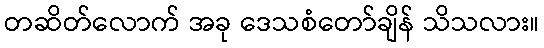
တဆိတ်လောက် အခု ဒေသစံတော်ချိန် သိသလား။